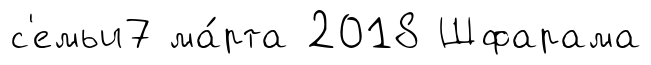
с'емьи7 ма́рта 2018 Шфарама